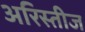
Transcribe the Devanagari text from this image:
अरिस्तीज